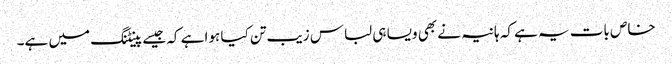
خاص بات یہ ہے کہ ہانیہ نے بھی ویسا ہی لباس زیب تن کیا ہوا ہے کہ جیسے پینٹنگ میں ہے۔